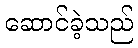
ဆောင်ခဲ့သည်